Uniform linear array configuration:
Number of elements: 8
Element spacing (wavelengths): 0.5
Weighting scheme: uniform
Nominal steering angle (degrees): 45
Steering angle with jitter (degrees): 46.121
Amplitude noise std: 0.05
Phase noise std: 0.05

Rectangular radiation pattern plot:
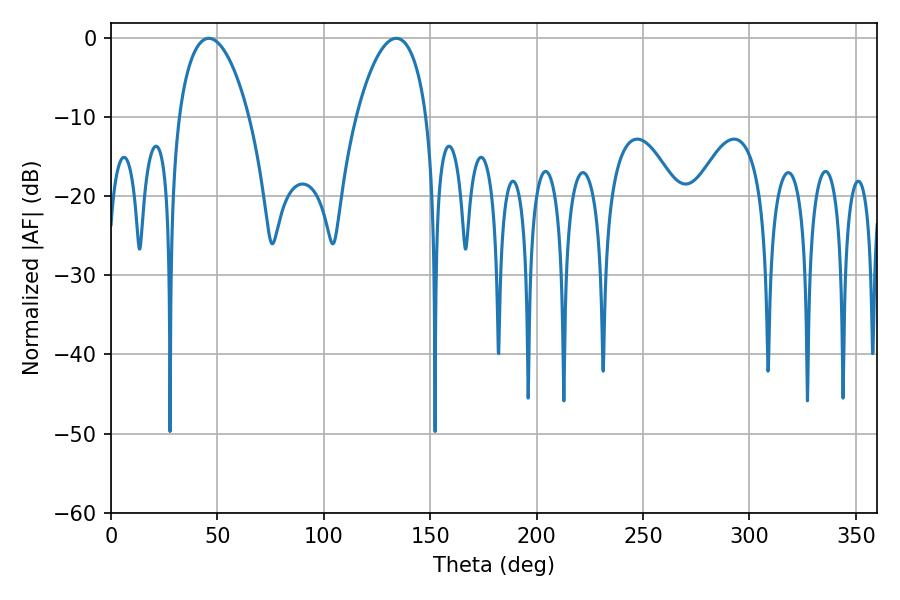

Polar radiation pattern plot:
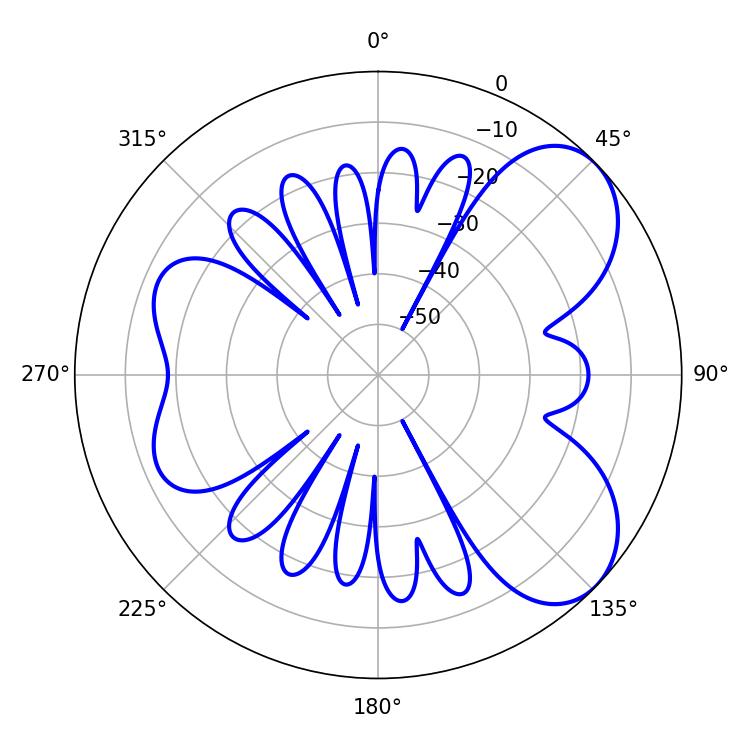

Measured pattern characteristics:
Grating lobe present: FALSE
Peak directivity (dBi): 6.352
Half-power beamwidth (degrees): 18.72
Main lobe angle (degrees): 45.9